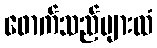
ဖောက်သည်များထံ